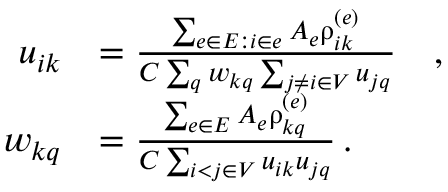
\begin{array} { r l } { u _ { i k } } & { = \frac { \sum _ { e \in E : i \in e } A _ { e } \uprho _ { i k } ^ { ( e ) } } { C \sum _ { q } w _ { k q } \sum _ { j \neq i \in V } u _ { j q } } \quad , } \\ { w _ { k q } } & { = \frac { \sum _ { e \in E } A _ { e } \uprho _ { k q } ^ { ( e ) } } { C \sum _ { i < j \in V } u _ { i k } u _ { j q } } \, . } \end{array}